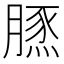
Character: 𦟙